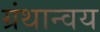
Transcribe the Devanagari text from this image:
ग्रंथान्वय